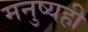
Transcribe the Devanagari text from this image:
मनुष्यही